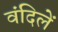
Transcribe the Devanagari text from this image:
वंदिलें